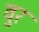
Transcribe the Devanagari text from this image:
वुर